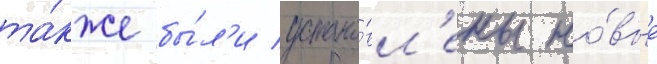
та́кже бы́л'и устано́вл'ены но́вые